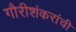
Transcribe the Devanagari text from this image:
गौरीशंकरांची